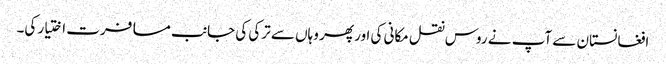
افغانستان سے آپ نے روس نقل مکانی کی اور پھر وہاں سے ترکی کی جانب مسافرت اختیار کی۔